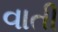
વાતી